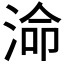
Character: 𭰷